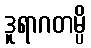
ဒူရာဂတမ္ပိ